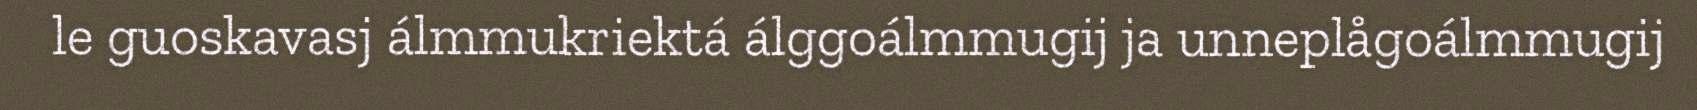
le guoskavasj álmmukriektá álggoálmmugij ja unneplågoálmmugij